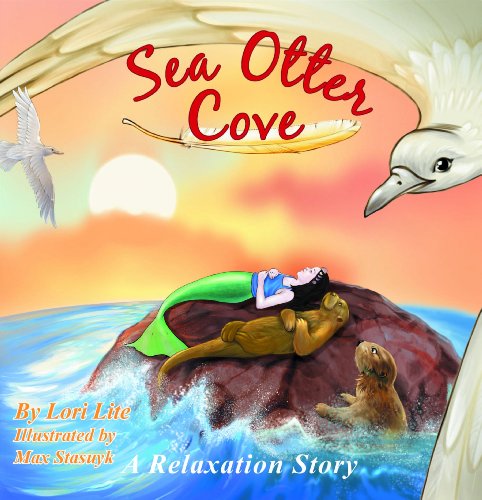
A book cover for Sea Otter Cove: Introducing relaxation breathing to lower anxiety, decrease stress and control anger while promoting peaceful sleep; Lori Lite; Parenting & Relationships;